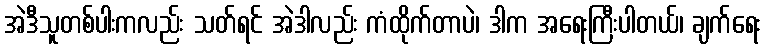
အဲဒီသူတစ်ပါးကလည်း သတ်ရင် အဲဒါလည်း ကံထိုက်တာပဲ၊ ဒါက အရေးကြီးပါတယ်၊ ချက်ရေး